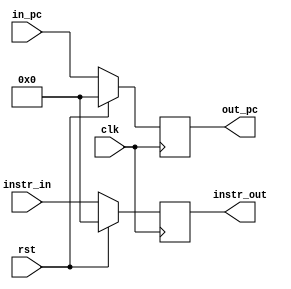
module IF_IDreg(clk, rst,in_pc ,instr_in, out_pc, instr_out);
	input clk, rst;
	input [31:0] in_pc, instr_in ;
	output [31:0] out_pc, instr_out ;
	reg [31:0] out_pc, instr_out ;

	
	always @( posedge clk ) begin
		if ( rst ) 
		begin
			out_pc <= 32'b0;
			instr_out <= 32'b0;
		end
		else begin
			out_pc <= in_pc ;
			instr_out <= instr_in ;
		end
	end
		
endmodule